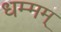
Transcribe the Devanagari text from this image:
धम्मम्